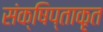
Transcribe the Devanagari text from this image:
संक्षिप्ताकृत